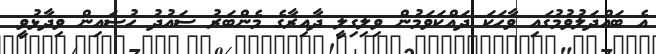
އެ ބައްދަލުވުމުގައި ވާހަކަ ދައްކަވަމުން ވިލިގިލީ ދާއިރާގެ މެންބަރު ސައުދު ހުސައިން ވިދާޅުވީ